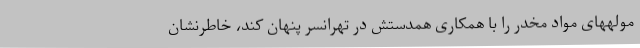
مولههای مواد مخدر را با همکاری همدستش در تهرانسر پنهان کند، خاطرنشان